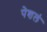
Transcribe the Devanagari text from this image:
पेशलं